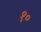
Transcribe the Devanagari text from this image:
१॰